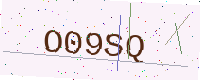
Text: O09SQ